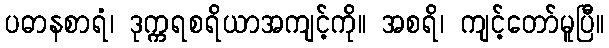
ပဓာနစာရံ၊ ဒုက္ကရစရိယာအကျင့်ကို။ အစရိ၊ ကျင့်တော်မူပြီ။